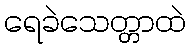
ရေခဲသေတ္တာထဲ